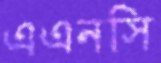
এএনসি